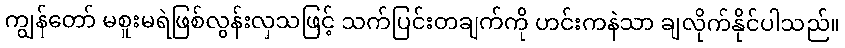
ကျွန်တော် မစူးမရဲဖြစ်လွန်းလှသဖြင့် သက်ပြင်းတချက်ကို ဟင်းကနဲသာ ချလိုက်နိုင်ပါသည်။